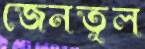
জেনতুল